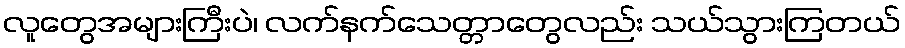
လူတွေအများကြီးပဲ၊ လက်နက်သေတ္တာတွေလည်း သယ်သွားကြတယ်